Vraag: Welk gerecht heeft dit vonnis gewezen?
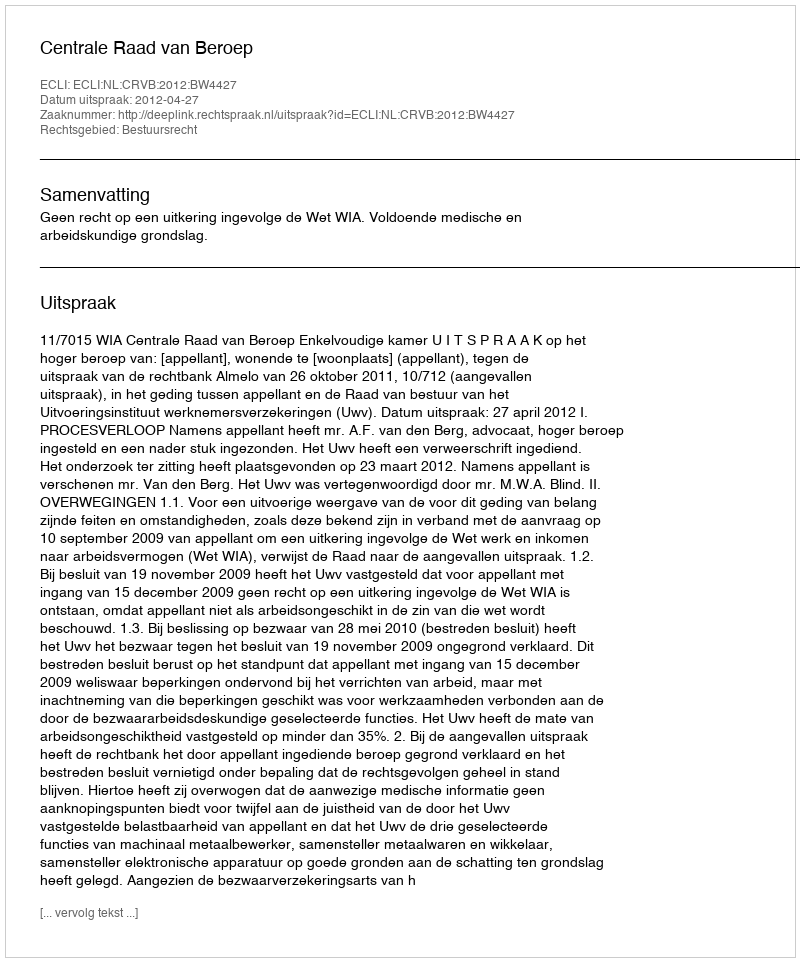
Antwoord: Centrale Raad van Beroep